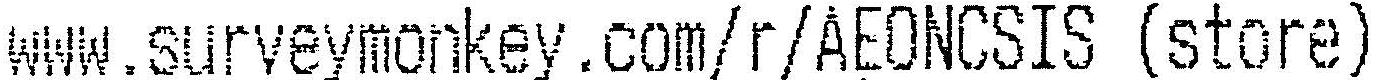
WWW.SURVEYMONKEY.COM/R/AEONCSIS (STORE)